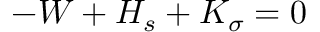
- W + H _ { s } + K _ { \sigma } = 0